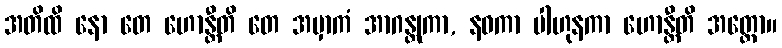
အတိထိ နော တေ ဟောန္တီတိ တေ အမှာကံ အာဂန္တုကာ, နဝကာ ပါဟုနကာ ဟောန္တီတိ အတ္ထော။